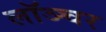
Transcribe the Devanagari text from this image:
लॉञ्चर